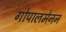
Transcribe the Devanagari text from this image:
गोपालमेनन